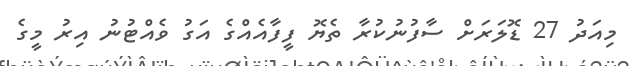
މިއަދު 27 ޑޮލަރަށް ސާފުނުކުރާ ތެޔޮ ފީފާއެއްގެ އަގު ވެއްޓުނު އިރު މީގެ